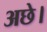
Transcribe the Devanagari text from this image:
अछे।